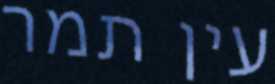
עין תמר